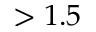
> 1 . 5